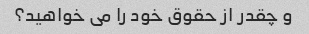
و چقدر از حقوق خود را می خواهید؟